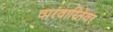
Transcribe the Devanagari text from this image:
वारंवारितेवर